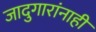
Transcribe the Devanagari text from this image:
जादुगारांनाही